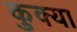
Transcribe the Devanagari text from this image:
कुक्या